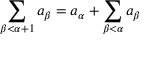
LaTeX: \sum _ { \beta < \alpha + 1 } a _ { \beta } = a _ { \alpha } + \sum _ { \beta < \alpha } a _ { \beta }